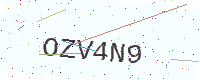
Text: OZV4N9